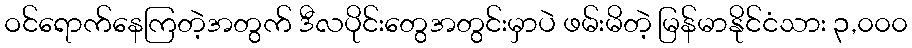
ဝင်ရောက်နေကြတဲ့အတွက် ဒီလပိုင်းတွေအတွင်းမှာပဲ ဖမ်းမိတဲ့ မြန်မာနိုင်ငံသား ၃,၀၀၀